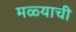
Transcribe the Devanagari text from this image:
मळ्याची